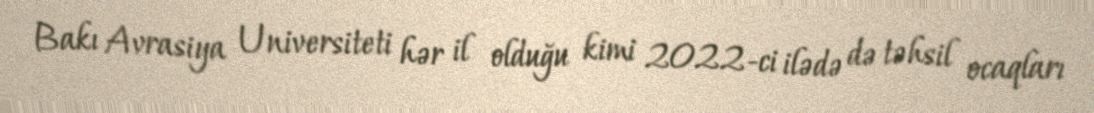
Bakı Avrasiya Universiteti hər il olduğu kimi 2022-ci ilədə də təhsil ocaqları